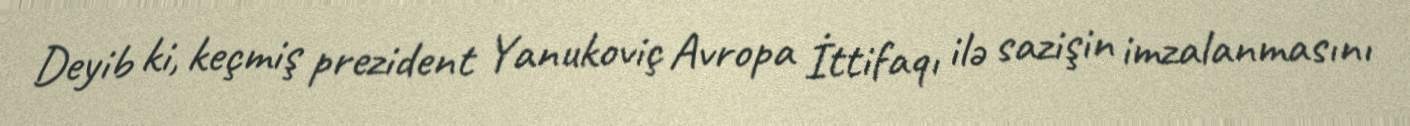
Deyib ki, keçmiş prezident Yanukoviç Avropa İttifaqı ilə sazişin imzalanmasını